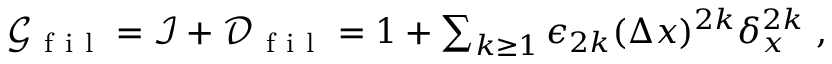
\begin{array} { r } { \mathcal { G } _ { \mathrm { ~ f ~ i ~ l ~ } } = \mathcal { I } + \mathcal { D } _ { \mathrm { ~ f ~ i ~ l ~ } } = 1 + \sum _ { k \geq 1 } \epsilon _ { 2 k } ( \Delta x ) ^ { 2 k } \delta _ { x } ^ { 2 k } \ , } \end{array}